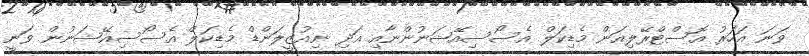
ވަނަ އަހަރު އޮސްޓްރޭލިއަން މެޑިކަލް އެސޯސިއޭޝަނުންނާއި އަދި ނިއުޒީލަންޑް މެޑިކަލް އެސޯސިއޭޝަނުން ވަނީ